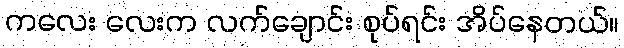
ကလေး လေးက လက်ချောင်း စုပ်ရင်း အိပ်နေတယ်။